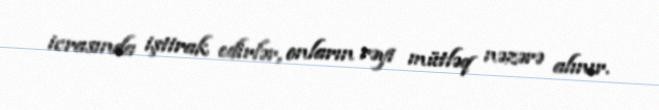
icrasında iştirak edirlər, onların rəyi mütləq nəzərə alınır.